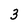
Character: 3